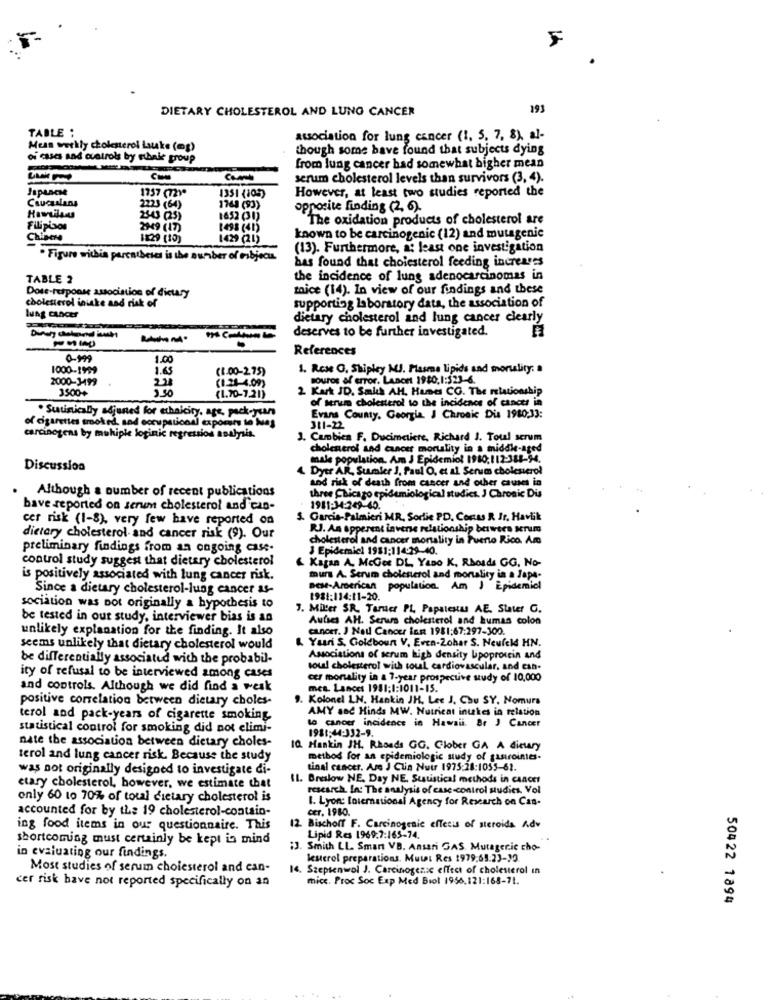
F
DIETARY CHOLESTEROL AND LUNG CANCER
193
TABLE :
association for lung cancer (1, 5, 7, 8), al-
Mean werkly cholesterol Lake (mg)
though some bave found that subjects dying
of cases and astrols by ebale group
from lung cancer had somewhat higher mean
serum cholesterol levels than survivors (3, 4).
1757 (72)
However, at least two studies reported the
Caucasians
1351 (103)
2223 (64)
1765 (93)
opposite finding (2, 6).
2543 (25)
8652 (31)
The oxidation products of cholesterol are
Filipiaos
2949 (17)
1498 (41)
Chipere
1829 (10)
1429 (21)
known to be carcinogenic (12) and mutagenic
(13). Furthermore, a: least one investigation
. Figure within parentheses is the sunber of mibjec.
bas found that cholesterol feeding increases
TABLE 2
the incidence of lung adenocarcinomas in
Dose-response association of dietary
mice (14). In view of our findings and these
cholesterol iniske and risk of
lung cancer
supporting laboratory data, the association of
dietary cholesterol and lung cancer clearly
deserves to be further investigated.
References
1.00
1000-1999
1.65
(8.00-275)
1. Rese O. Shipley MUJ. Plasma lipids and mortality. .
2000-3499
touros of error. Lancet 1980,1:523-6.
3500+
221
(1.28-4.09)
2 Kart JD. Said AH. Hanes CG. The relationship
(1.70-7.21)
of serum cholesterol to the incidence of cancer in
. Sutinically adjuned for ethaiciry, age, pack-years
of cigarettes smoked, sod occupational exports to bues
Evans County. Georgia J Chronic Dis 1980:33:
311-22
carcinogens by muhiple loginic regression analysis.
J. Cambica F. Ducimetiere, Richard J. Toul scrum
cholesterol and cancer mortality in a middle-aged
male population. Am J Epidemiol 1910:112-388-94.
Discussion
4 Dytr AR, Sumler J. Paul O, et al Serum cholesterol
wod risk of death from cancer and other causes in
Although a number of recent publications
three Chicago epidemiological studies. J Chronic Dis
have reported on serum cholesterol and can-
1981:34:249-40.
cer risk (1-8), very few have reported on
S. Garcia-Palmieri MR. Sortie PD. Contas R Jr. Havlik
RJ. An apperent inverse relationship between serum
dietary cholesterol and cancer risk (9). Our
cholesterol and cancer morality in Puerto Rico. Am
preliminary findings from an ongoing case-
3 Epidemicl 1981:114:29-40.
control study suggest that dietary cholesterol
& Kagan A. McGee DL, Yano K, Rhoads GG. No-
is positively associated with lung cancer risk.
murs A. Serum cholesterol and mortality in a Japa.
Since a dietary cholesterol-lung cancer as-
Best-American population. Am J Epidemicl
1981:114:11-20.
sociation was not originally a hypothesis to
7. Miller SR. Taruer PL Papstesus AE. Stater G.
be tested in our study, interviewer bias is an
Autses AH. Senus cholesterol and kumas colon
unlikely explanation for the finding. It also
cancer. J Nad Cancer lent 1981:67:297-300.
Yaari S. Goldboun V. Even-Zohar S. Neufeld HN.
seems unlikely that dietary cholesterol would
be differentially associated with the probabil-
Associations of serum high density Lipoprotein and
soul cholesterol with toul cardiovascular, and can-
ity of refusal to be interviewed among cases
cer mortality in a 7-year prospective study of 10,000
and controls. Although we did find a weak
mes. Lancet 1981:1:1011-15.
positive correlation between dietary choles-
9. Kolonel LN. Hankin JH. Lee J. Chu SY. Nomura
terol and pack-years of cigarette smoking
AMY and Hinds MW. Nutricat inukes in relation
statistical control for smoking did not elimi-
1981:44:332-9.
to cancer incidence in Hawaii. Br J Cancer
nate the association between dietary choles-
IQ. Hankin JH. Rhoads GG. Glober GA A dietary
terol and lung cancer risk. Because the study
method for an epidemiologic study of gastrointes-
was not originally designed to investigate di-
tinal cancer. Are J Clin Nutr 1975:28:1055-61.
11. Braslow NE. Day NE. Statistical methods in caACH!
etary cholesterol, however, we estimate that
research. In: The analysis of case-control studies. Vol
only 60 to 70% of total dietary cholesterol is
1. Lyon: toiemnational Agency for Research on Cas-
accounted for by the 19 cholesterol-contain-
cer. 1980.
ing food items in our questionnaire. This
12. Bischoff F. Carcinogenic effects of steroids Adv
shortcoming must certainly be kept in mind
Lipid Res 1969:7:165-74.
;J. Smith LL. Smart VB. Ansari GAS, Mutagenic cho-
in evaluating our findings.
lesterol preparations. Mutat Res 1979,65:23-10.
Most studies of serum cholesterol and can-
14. Szeptenwol J. Carcinogenic effect of cholesterol in
cer risk have not reported specifically on an
mice. Proc Soc Exp Med Biol 1956,121:168-71.
50422 1894